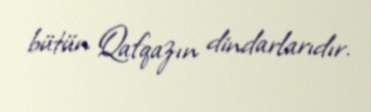
bütün Qafqazın dindarlarıdır.